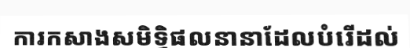
ការកសាងសមិទ្ធិផលនានាដែលបំរើដល់